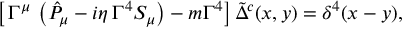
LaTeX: \left[ \, \Gamma ^ { \mu } \, \left( \hat { { \cal P } } _ { \mu } - i \eta \, \Gamma ^ { 4 } S _ { \mu } \right) - m \Gamma ^ { 4 } \right] \tilde { \Delta } ^ { c } ( x , y ) = \delta ^ { 4 } ( x - y ) ,